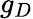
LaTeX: g_{D}